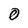
Character: 0